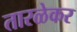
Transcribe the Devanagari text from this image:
तारळेकर